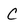
Character: C